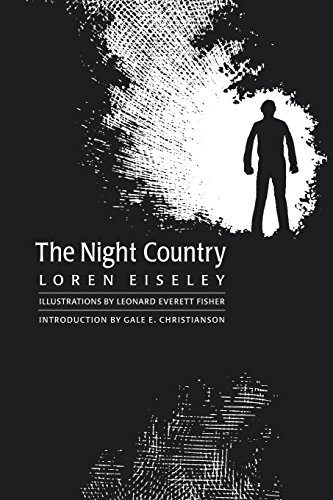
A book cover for The Night Country; Loren Eiseley; Science & Math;